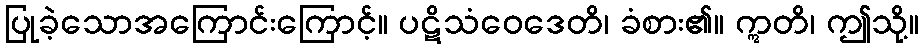
ပြုခဲ့သောအကြောင်းကြောင့်။ ပဋိသံဝေဒေတိ၊ ခံစား၏။ ဣတိ၊ ဤသို့။